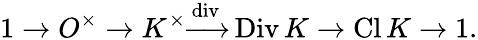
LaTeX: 1\to O^{\times}\to K^{\times}{\xrightarrow{\mathrm{div}}}\operatorname{Div}K\to\operatorname{Cl}K\to 1.